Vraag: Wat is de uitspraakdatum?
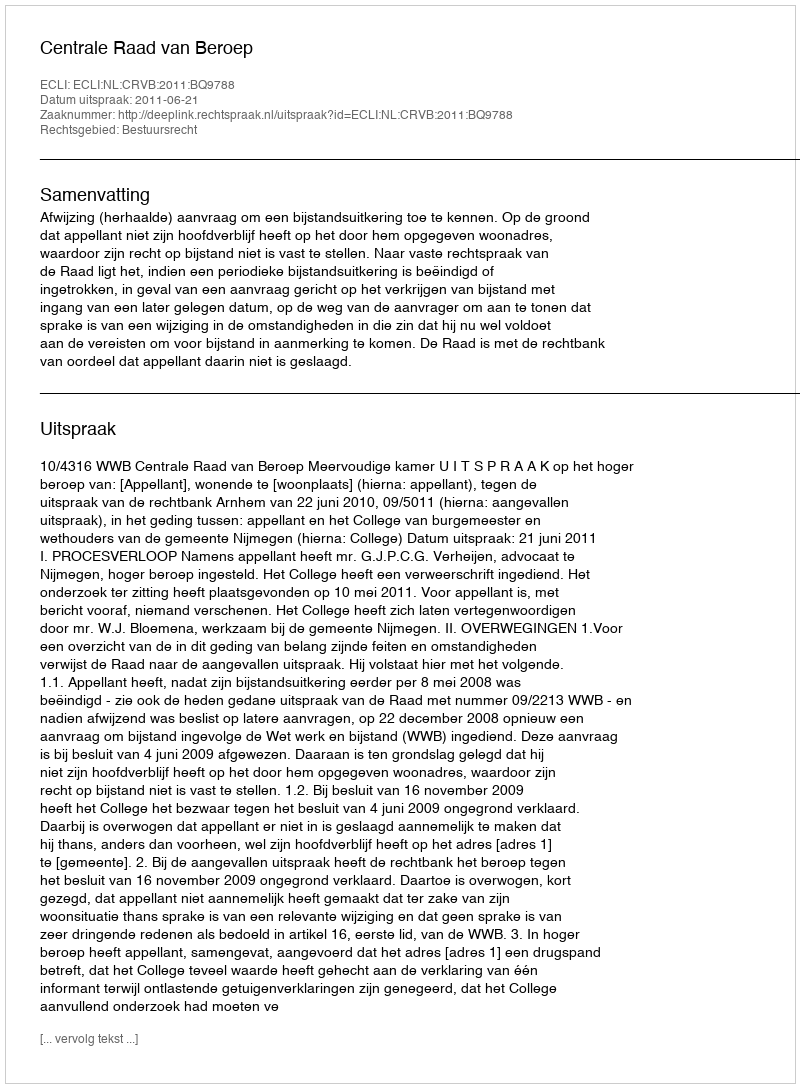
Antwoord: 2011-06-21